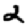
Digit: 2